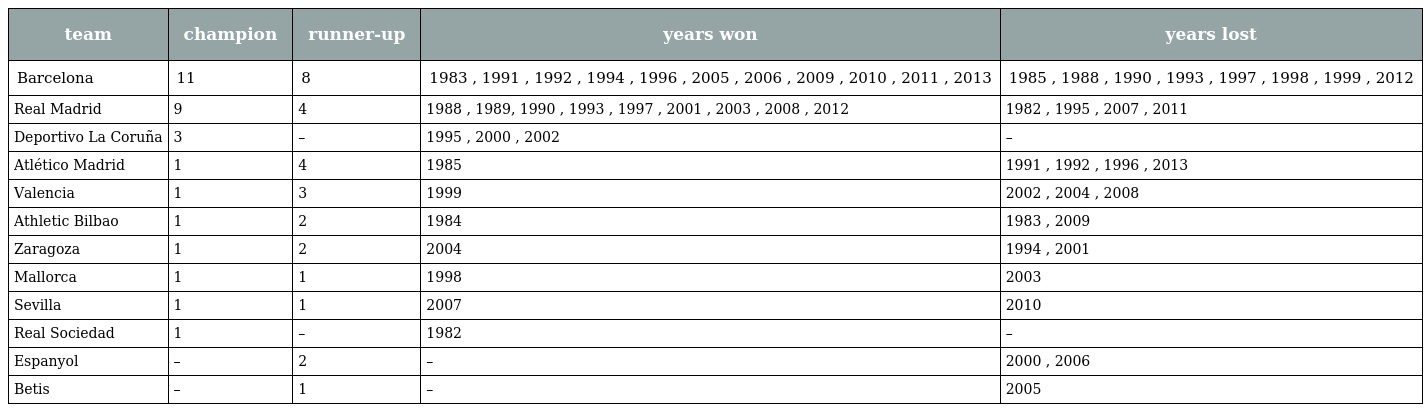
| team | champion | runner-up | years won | years lost |
 | --- | --- | --- | --- | --- |
 | Barcelona | 11 | 8 | 1983 , 1991 , 1992 , 1994 , 1996 , 2005 , 2006 , 2009 , 2010 , 2011 , 2013 | 1985 , 1988 , 1990 , 1993 , 1997 , 1998 , 1999 , 2012 |
 | Real Madrid | 9 | 4 | 1988 , 1989, 1990 , 1993 , 1997 , 2001 , 2003 , 2008 , 2012 | 1982 , 1995 , 2007 , 2011 |
 | Deportivo La Coruña | 3 | – | 1995 , 2000 , 2002 | – |
 | Atlético Madrid | 1 | 4 | 1985 | 1991 , 1992 , 1996 , 2013 |
 | Valencia | 1 | 3 | 1999 | 2002 , 2004 , 2008 |
 | Athletic Bilbao | 1 | 2 | 1984 | 1983 , 2009 |
 | Zaragoza | 1 | 2 | 2004 | 1994 , 2001 |
 | Mallorca | 1 | 1 | 1998 | 2003 |
 | Sevilla | 1 | 1 | 2007 | 2010 |
 | Real Sociedad | 1 | – | 1982 | – |
 | Espanyol | – | 2 | – | 2000 , 2006 |
 | Betis | – | 1 | – | 2005 |